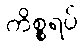
ကိစ္စရပ်